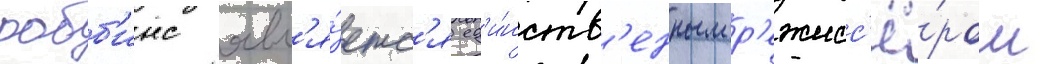
робб'инс явл'я́етс'я ед'и́нств'енным р'ежисс'ё́ром